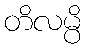
တိလမ္ပိ